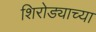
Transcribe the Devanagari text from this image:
शिरोड्याच्या